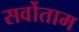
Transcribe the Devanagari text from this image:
सर्वोताम